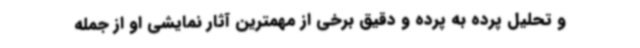
و تحلیل پرده به پرده و دقیق برخی از مهمترین آثار نمایشی او از جمله